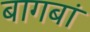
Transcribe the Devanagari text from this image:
बागबां